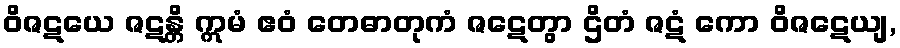
ဝိဇဋယေ ဇဋန္တိ ဣမံ ဧဝံ တေဓာတုကံ ဇဋေတွာ ဌိတံ ဇဋံ ကော ဝိဇဋေယျ,